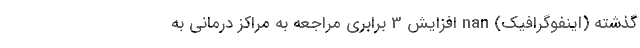
گذشته (اینفوگرافیک) nan افزایش 3 برابری مراجعه به مراکز درمانی به